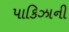
પાકિઝાની